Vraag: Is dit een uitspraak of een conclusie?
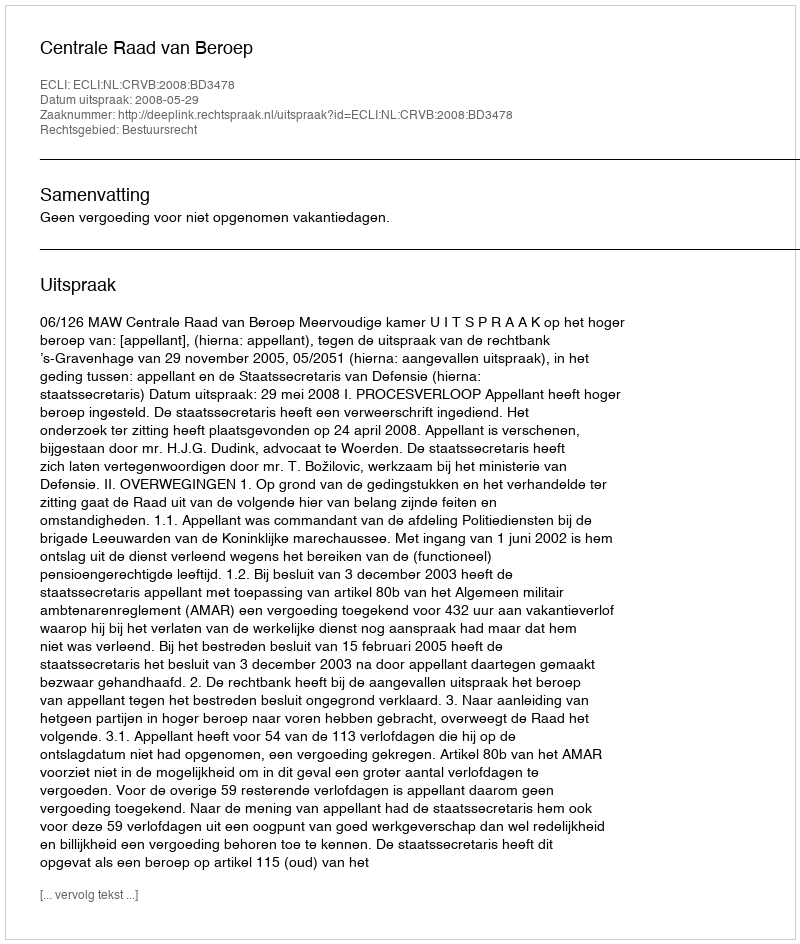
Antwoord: Uitspraak